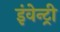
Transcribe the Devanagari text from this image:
इंवेन्ट्री